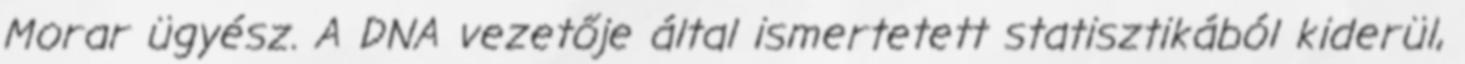
Morar ügyész. A DNA vezetője által ismertetett statisztikából kiderül,